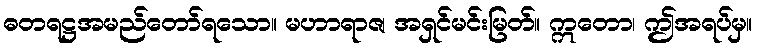
ဓတရဋ္ဌအမည်တော်ရသော။ မဟာရာဇ၊ အရှင်မင်းမြတ်။ ဣတော၊ ဤအရပ်မှ။